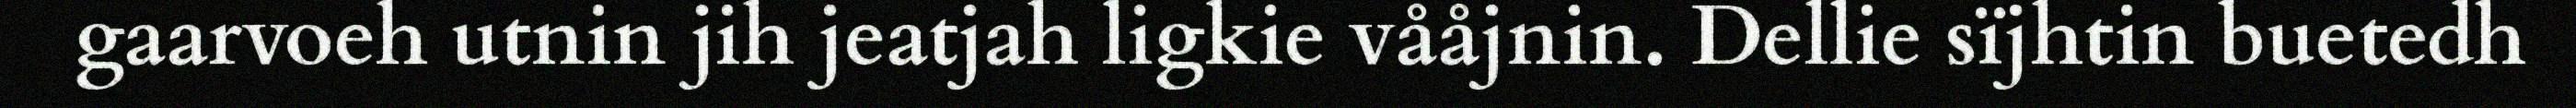
gaarvoeh utnin jih jeatjah ligkie vååjnin. Dellie sïjhtin buetedh